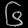
Digit: ၆